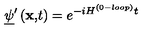
\underline { { \psi } } ^ { \prime } \left( \mathbf { x , } t \right) = e ^ { - i H ^ { ( 0 - l o o p ) } t }